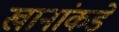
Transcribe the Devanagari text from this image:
खानांकडे